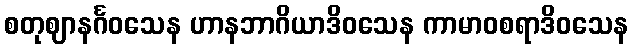
စတုဈာနင်္ဂဝသေန ဟာနဘာဂိယာဒိဝသေန ကာမာဝစရာဒိဝသေန